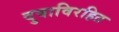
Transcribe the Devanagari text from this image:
दुवाविरहित